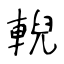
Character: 輗